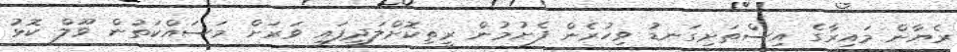
ރެޔާން މައިރާގެ އިސްތަށިގަނޑު ވިހުރެން ފެށުމުން ރީތިކޮށްލަދީފައި ވަރަށް މަސައްކަތުން ވޫލް ކޮޅު